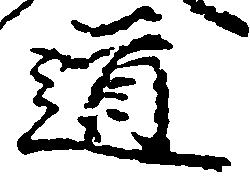
道